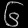
Digit: ၆